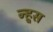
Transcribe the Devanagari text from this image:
न्हूस